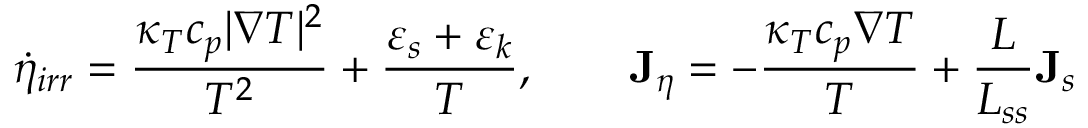
\dot { \eta } _ { i r r } = \frac { \kappa _ { T } c _ { p } | \nabla T | ^ { 2 } } { T ^ { 2 } } + \frac { \varepsilon _ { s } + \varepsilon _ { k } } { T } , \qquad { \bf J } _ { \eta } = - \frac { \kappa _ { T } c _ { p } \nabla T } { T } + \frac { L } { L _ { s s } } { \bf J } _ { s }